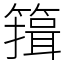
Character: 䉗